Civil Veterinary Dept. North-West Frontier Province 1901-22 - 1901-1922
Year: 1901
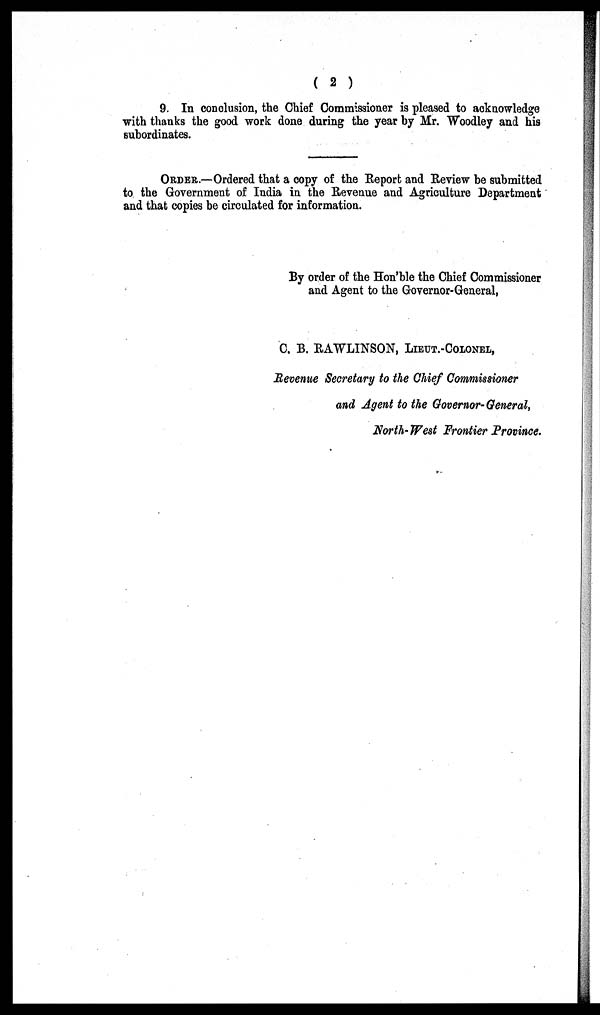
( 2 )
9. In conclusion, the Chief Commissioner is pleased to acknowledge
with thanks the good work done during the year by Mr. Woodley and his
subordinates.
ORDER.—Ordered that a copy of the Report and Review be submitted
to the Government of India in the Revenue and Agriculture Department
and that copies be circulated for information.
By order of the Hon'ble the Chief Commissioner
and Agent to the Governor-General,
C. B. RAWLINSON, LIEUT.-COLONEL,
Revenue Secretary to the Chief Commissioner
and Agent to the Governor-General,
North-West Frontier Province.